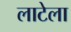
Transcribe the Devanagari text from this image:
लाटेला